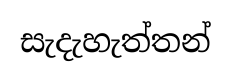
සැදැහැත්තන්